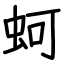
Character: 蚵